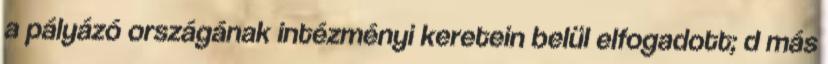
a pályázó országának intézményi keretein belül elfogadott; d más